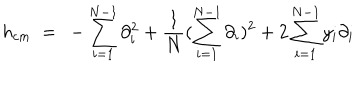
h _ { c m } \ = \ - \sum _ { i = 1 } ^ { N - 1 } \partial _ { i } ^ { 2 } + \frac { 1 } { N } ( \sum _ { i = 1 } ^ { N - 1 } \partial _ { i } ) ^ { 2 } + 2 \sum _ { i = 1 } ^ { N - 1 } y _ { i } \partial _ { i }